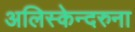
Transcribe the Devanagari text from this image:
अलिस्केन्दरुना